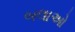
બલાઓ